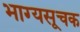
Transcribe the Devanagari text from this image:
भाग्यसूचक